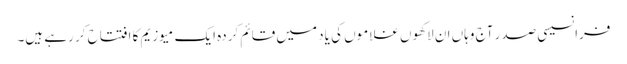
فرانسیسی صدر آج وہاں ان لاکھوں غلاموں کی یاد میں قائم کردہ ایک میوزیم کا افتتاح کر رہے ہیں۔